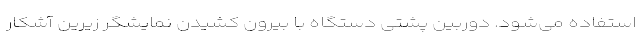
استفاده می‌شود. دوربین پشتی دستگاه با بیرون کشیدن نمایشگر زیرین آشکار